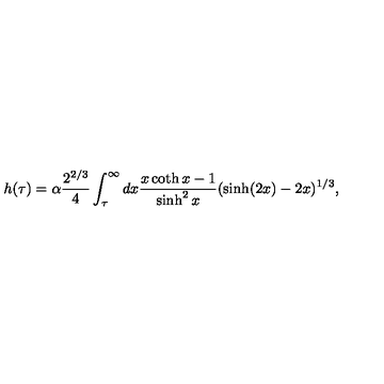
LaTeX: h ( \tau ) = \alpha \frac { 2 ^ { 2 / 3 } } { 4 } \int _ { \tau } ^ { \infty } d x \frac { x \coth x - 1 } { \sinh ^ { 2 } x } ( \sinh ( 2 x ) - 2 x ) ^ { 1 / 3 } ,